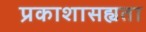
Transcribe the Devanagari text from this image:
प्रकाशासह्यता